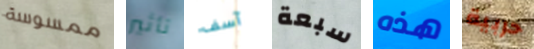
ممسوسة تأثير آسف سبعة هذه حربية